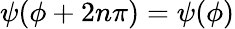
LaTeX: \psi(\phi+2n\pi)=\psi(\phi)